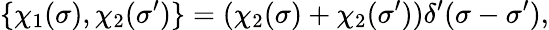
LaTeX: \{ \chi_{1}(\sigma),\chi_{2}(\sigma^{\prime})\} =(\chi_{2}(\sigma)+\chi_{2}(\sigma^{\prime}))\delta^{\prime}(\sigma-\sigma^{\prime}),